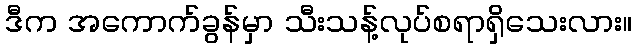
ဒီက အကောက်ခွန်မှာ သီးသန့်လုပ်စရာရှိသေးလား။